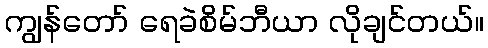
ကျွန်တော် ရေခဲစိမ်ဘီယာ လိုချင်တယ်။